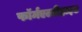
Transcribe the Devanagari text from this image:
फॉर्मएल्डीहाइड